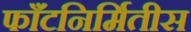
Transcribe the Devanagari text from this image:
फाँटनिर्मितीस